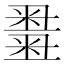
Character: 𥻫